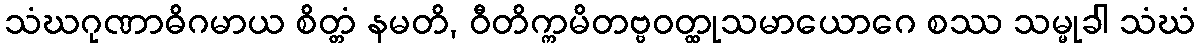
သံဃဂုဏာဓိဂမာယ စိတ္တံ နမတိ, ဝီတိက္ကမိတဗ္ဗဝတ္ထုသမာယောဂေ စဿ သမ္မုခါ သံဃံ